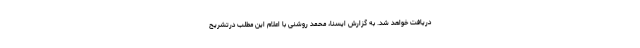
دریافت خواهد شد. به گزارش ایسنا، محمد روشنی با اعلام این مطلب درتشریح